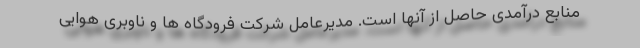
منابع درآمدی حاصل از آنها است. مدیرعامل شرکت فرودگاه ها و ناوبری هوایی